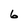
Character: 6